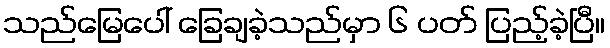
သည်မြေပေါ် ခြေချခဲ့သည်မှာ ၆ ပတ် ပြည့်ခဲ့ပြီ။